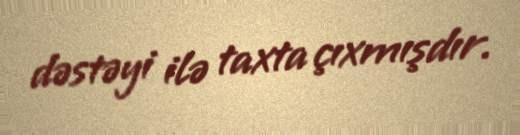
dəstəyi ilə taxta çıxmışdır.